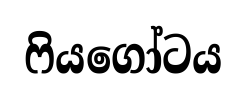
ෆියගෝටය